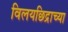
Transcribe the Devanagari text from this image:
विलयछिद्राच्या